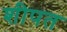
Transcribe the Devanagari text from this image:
शीपत